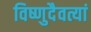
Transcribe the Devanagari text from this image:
विष्णुदैवत्यां